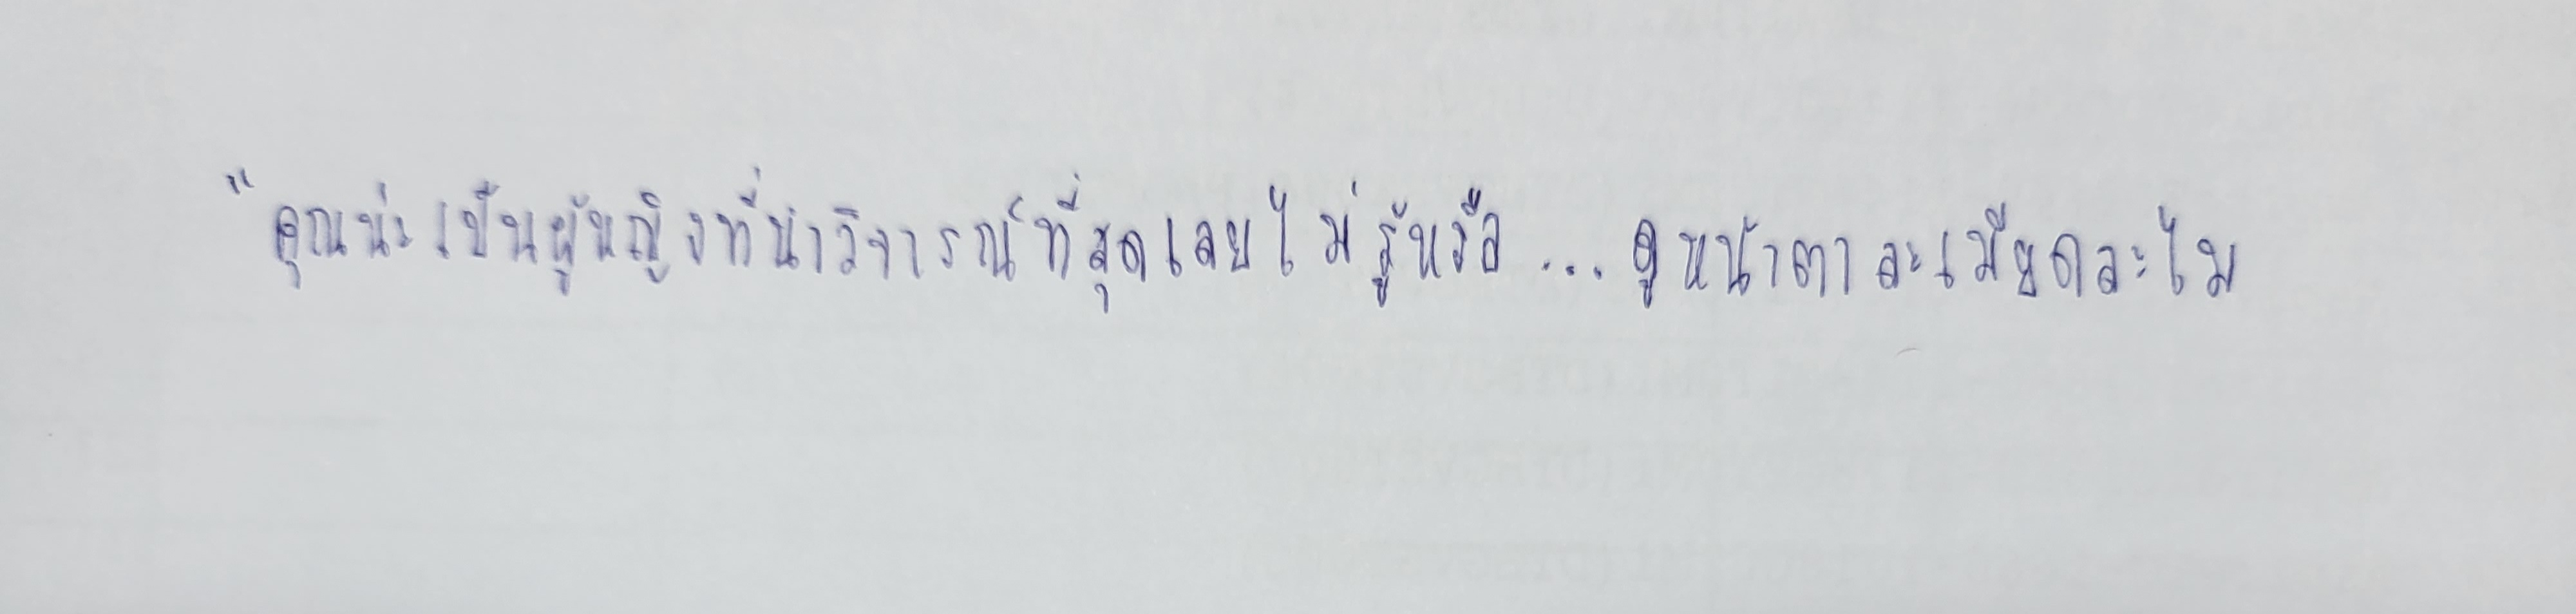
"คุณน่ะเป็นผู้หญิงที่น่าวิจารณ์ที่สุดเลยไม่รู้หรือ...ดูหน้าตาละเมียดละไม